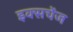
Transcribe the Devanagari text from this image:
इक्सचेंज